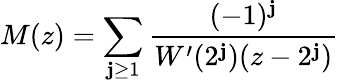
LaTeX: M(z)=\sum_{\mathbf{j}\geq1}{\frac{{(-1)^{\mathbf{j}}}}{{W^{\prime}(2^{\mathbf{j}})(z-2^{\mathbf{j}})}}}